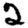
Digit: 2